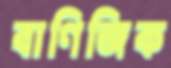
বাণিজিক